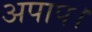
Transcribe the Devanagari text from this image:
अपाप।